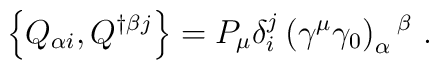
\left\{ Q_{\alpha i}, Q^{\dagger \beta j}\right\}= P_\mu \delta^j_i\left( \gamma^\mu \gamma_0\right) _\alpha{}^\beta \ .